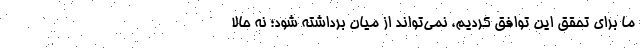
ما برای تحقق این توافق کردیم، نمی‌تواند از میان برداشته شود؛ نه حالا